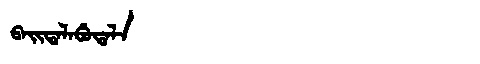
Manchu: ᠪᠠᡳᡨᠠᠯᠠᠪᡠᡨᠠᠯᠠ
Romanization: BAITALABUTALA